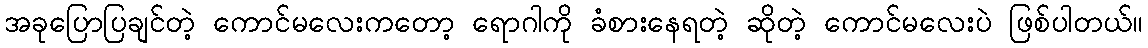
အခုပြောပြချင်တဲ့ ကောင်မလေးကတော့ ရောဂါကို ခံစားနေရတဲ့ ဆိုတဲ့ ကောင်မလေးပဲ ဖြစ်ပါတယ်။